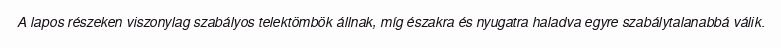
A lapos részeken viszonylag szabályos telektömbök állnak, míg északra és nyugatra haladva egyre szabálytalanabbá válik.